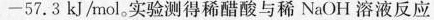
-57.3kJ/mol。实验测得稀醋酸与稀NaOH溶液反应